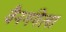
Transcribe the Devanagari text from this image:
वैनगंगेला